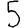
Digit: 5